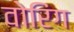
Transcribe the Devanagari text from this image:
वोरिंग